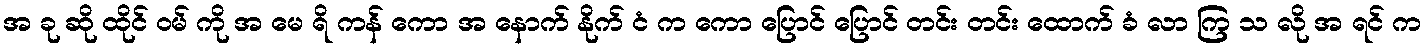
အ ခု ဆို ထိုင် ဝမ် ကို အ မေ ရိ ကန် ကော အ နောက် နိုက် ငံ က ကော ပြောင် ပြောင် တင်း တင်း ထောက် ခံ လာ ကြ သ လို အ ရင် က